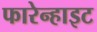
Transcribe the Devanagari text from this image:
फारेन्हाइट